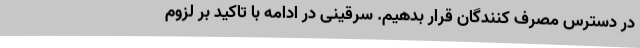
در دسترس مصرف کنندگان قرار بدهیم. سرقینی در ادامه با تاکید بر لزوم